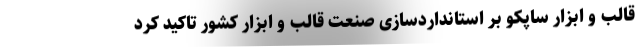
قالب و ابزار ساپکو بر استانداردسازی صنعت قالب و ابزار کشور تاکید کرد